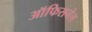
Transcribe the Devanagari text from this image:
ऑफिसनेल